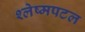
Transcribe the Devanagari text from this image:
श्लेष्मपटल